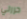
حررني